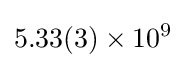
5.33(3)\times 10^{9}